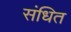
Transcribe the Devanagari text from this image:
संधित